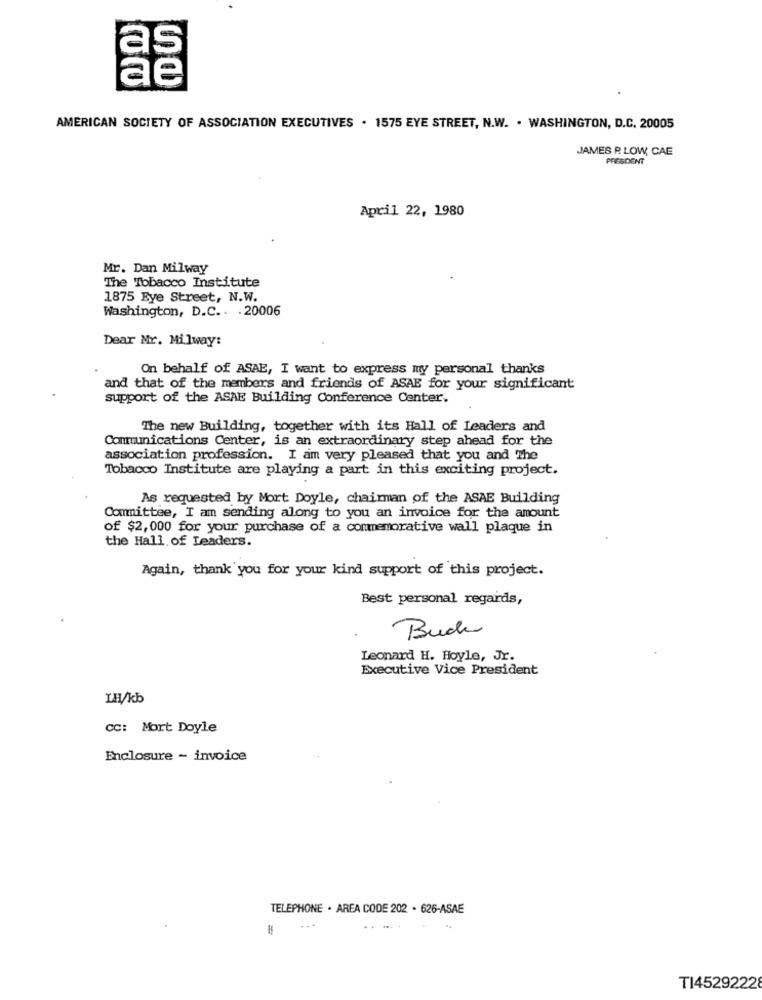
as
ae
AMERICAN SOCIETY OF ASSOCIATION EXECUTIVES . 1575 EYE STREET, N.W. . WASHINGTON, D.C. 20005
JAMES P. LOW, CAE
PRESIDENT
April 22, 1980
Mr. Dan Milway
The Tobacco Institute
1875 Eye Street, N.W.
Washington, D.C .. . 20006
Dear Mr. Milway:
On behalf of ASAE, I want to express my personal thanks
and that of the members and friends of ASAE for your significant
support of the ASAE Building Conference Center.
The new Building, together with its Hall of Leaders and
Communications Center, is an extraordinary step ahead for the
association profession. I am very pleased that you and The
Tobacco Institute are playing a part in this exciting project.
As requested by Mort Doyle, chairman of the ASAE Building
Committee, I am sending along to you an invoice for the amount
of $2,000 for your purchase of a commemorative wall plaque in
the Hall of Leaders.
Again, thank you for your kind support of this project.
Best personal regards,
Buch
Leonard H. Hoyle, Jr.
Executive Vice President
LH/kb
CC: Mort Doyle
Enclosure - invoice
TELEPHONE . AREA CODE 202 . 626-ASAE
T14529222